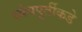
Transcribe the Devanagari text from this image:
ध्येयपूर्तीकडे